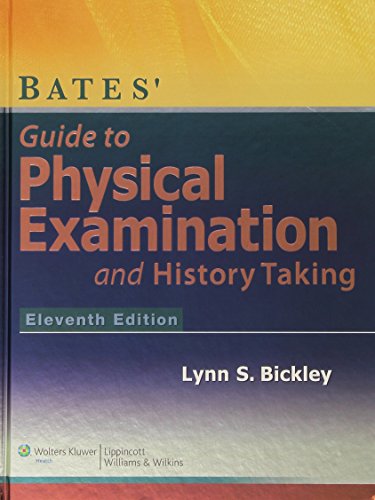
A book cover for Bates' Guide to Physical Examination and History-Taking - Eleventh Edition; Lynn Bickley MD; Medical Books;